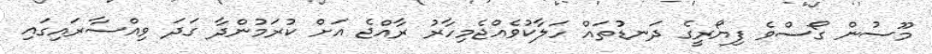
މޫސުން ގޯސްވެ ފިޔޯރީގެ ދަނޑުުތައް ހަލާކުވެއްޖެމިހާރު ރާއްޖެ އަށް ކުރަމުންދާ ގަދަ ވިއްސާރައިގައި